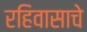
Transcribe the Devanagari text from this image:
रहिवासाचे